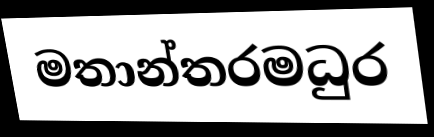
මතාන්තරමධුර